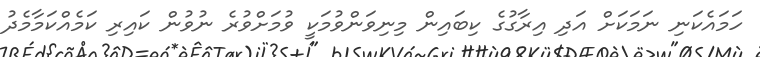
ހަމައެކަނި ނަމަކަށް އަދި އިރާގުގެ ކިބައިން މިނިވަންވުމަކީ ވުމަށްވުރެ ނުވުން ކައިރި ކަމެއްކަމާމެދު